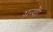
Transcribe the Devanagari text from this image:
ग्रन्थाें